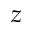
z